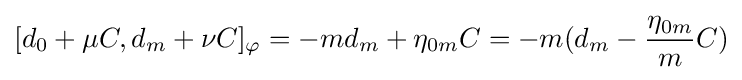
[d_{0}+\mu C,d_{m}+\nu C]_{\varphi }=-md_{m}+\eta _{0m}C=-m(d_{m}-{\frac {\eta _{0m}}{m}}C)